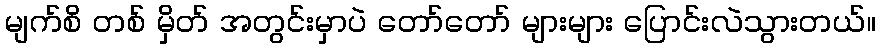
မျက်စိ တစ် မှိတ် အတွင်းမှာပဲ တော်တော် များများ ပြောင်းလဲသွားတယ်။